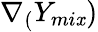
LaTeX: \nabla_{(}Y_{mi\mathit{x}})